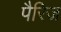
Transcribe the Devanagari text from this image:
पैरिज